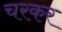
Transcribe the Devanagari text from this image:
चरकर